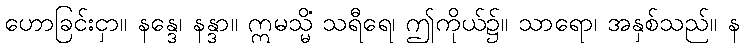
ဟောခြင်းငှာ။ နန္ဒေ၊ နန္ဒာ။ ဣမသ္မိံ သရီရေ၊ ဤကိုယ်၌။ သာရော၊ အနှစ်သည်။ န